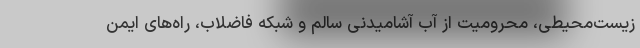
زیست‌محیطی، محرومیت از آب آشامیدنی سالم و شبکه فاضلاب، راه‌های ایمن